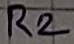
Text: R2